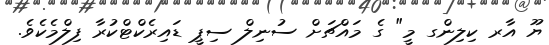
ޔޫ އާރ ކިލިންގ މީ" ގެ މައްޗަށް ސުނިލް ސިޕީ ޑައިރެކްޓްކުރާ ފިލްމެކެވެ.